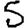
Digit: 5